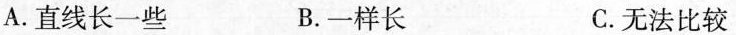
A.直线长一些 B.一样长 C.无法比较